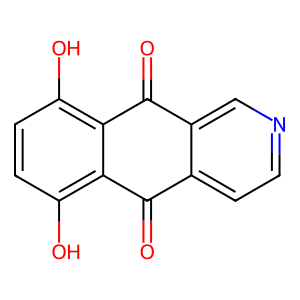
SMILES: O=C1c2ccncc2C(=O)c2c(O)ccc(O)c21
Inhibits HIV replication: No